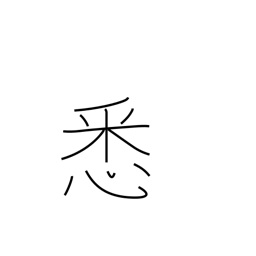
Meaning: completely